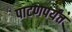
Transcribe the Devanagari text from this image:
पाटणपर्यंत